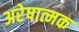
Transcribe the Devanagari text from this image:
अरेषात्मक